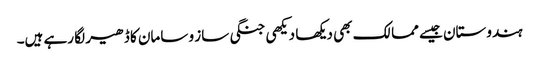
ہندوستان جیسے ممالک بھی دیکھا دیکھی جنگی ساز و سامان کا ڈھیر لگا رہے ہیں۔